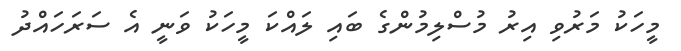
މީހަކު މަރުވި އިރު މުސްލިމުންގެ ބައި ލައްކަ މީހަކު ވަނީ އެ ސަރަހައްދު